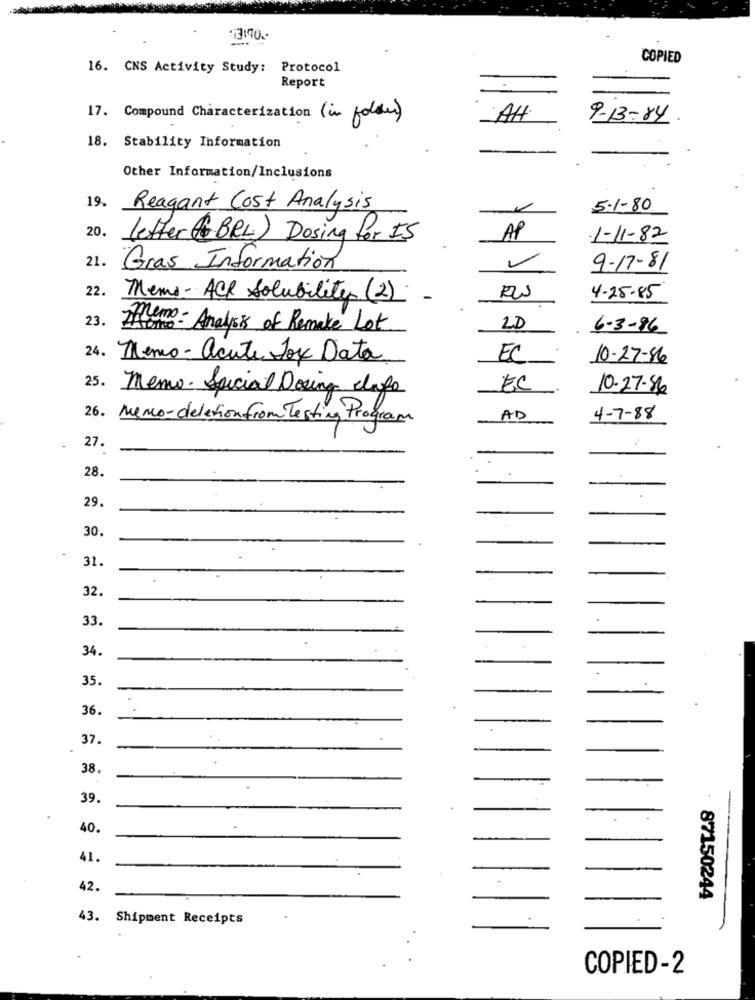
COPIED
16. CNS Activity Study: Protocol
Report
17. Compound Characterization (in folder)
AH
9-13-84
18. Stability Information
Other Information/Inclusions
19. Reagant Cost Analysis
5.1.80
20.
letter ( BRL) Dosing for IS
AP
-1-11-82
21.
Gras Information
9-17-81
22.
Memo - ACR Solubility (2)
4-25-85
23.
Homo- Analysis of Remake Lot
2D
6-3-96
24. Memo - acute Joy Data
EC
10-27-86
25. Memo. Special Dosing capo
EC
10-27-86
26. Memo-deletion from Testing Program
AD
4-7-88
27.
28.
29.
30.
31.
32.
33.
34.
35.
36.
37.
38.
39.
--
40.
41.
42.
87150244
43. Shipment Receipts
COPIED-2